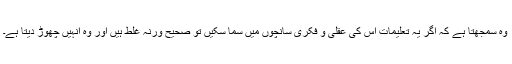
وہ سمجھتا ہے کہ اگر یہ تعلیمات اس کی عقلی و فکری سانچوں میں سما سکیں تو صحیح ورنہ غلط ہیں اور وہ انہیں چھوڑ دیتا ہے۔